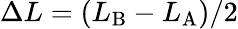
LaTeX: \Delta L=(L_{\mathrm{B}}-L_{\mathrm{A}})/2